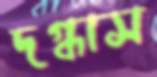
দগ্ধাস